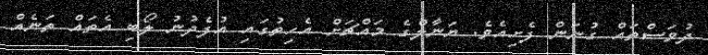
ދުވަސްތައް ގުނަން ފެށިއެވެ. ޔަނާލްގެ މައްޗަށް އެހިތުގައި އުފެދުނު ލޯބި އެތައް ތަނެއް